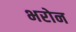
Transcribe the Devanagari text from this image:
भरोन